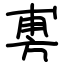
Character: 旉